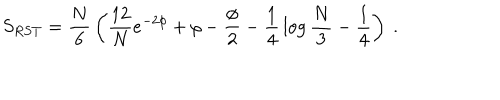
S _ { R S T } = { \frac { N } { 6 } } \left( { \frac { 1 2 } { N } } e ^ { - 2 \phi } + \rho - { \frac { \phi } { 2 } } - { \frac { 1 } { 4 } } \log { \frac { N } { 3 } } - { \frac { 1 } { 4 } } \right) \ .